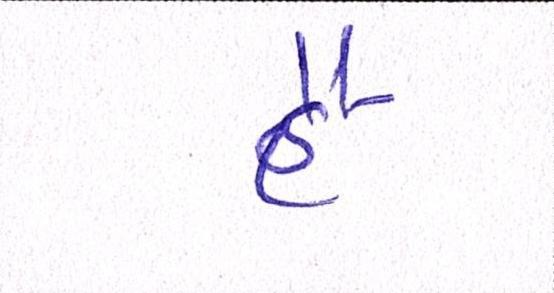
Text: હૈ